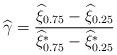
LaTeX: \begin{align*}\widehat{\gamma} = \dfrac{\widehat{\xi}_{0.75} - \widehat{\xi}_{0.25}}{\widehat{\xi}_{0.75}^{*} - \widehat{\xi}_{0.25}^{*}}\end{align*}